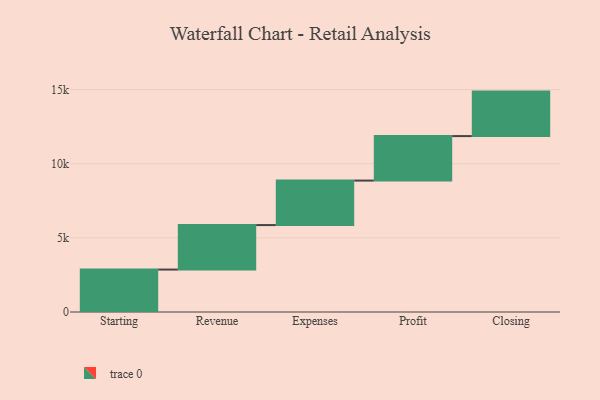
{"axis": {"x": "Step", "y": "Value"}, "legend": [""], "data": [{"x": "Starting", "y": 2862.0, "type": ""}, {"x": "Revenue", "y": 3000, "type": ""}, {"x": "Expenses", "y": 3000, "type": ""}, {"x": "Profit", "y": 3000, "type": ""}, {"x": "Closing", "y": 3000, "type": ""}]}